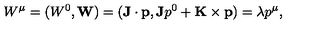
W ^ { \mu } = ( W ^ { 0 } , { \bf W } ) = ( { \bf J } \cdot { \bf p } , { \bf J } p ^ { 0 } + { \bf K } \times { \bf p } ) = \lambda p ^ { \mu } ,